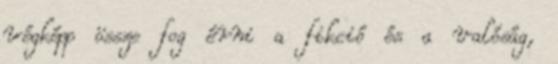
végképp össze fog érni a fikció és a valóság,